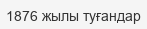
1876 жылы туғандар